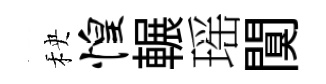
秧惶輾瑶闃